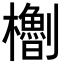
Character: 𪴝